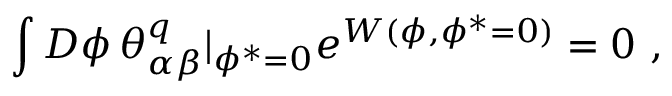
\int { \cal D } \phi \, \theta _ { \alpha \beta } ^ { q } | _ { \phi ^ { * } = 0 } e ^ { W ( \phi , \phi ^ { * } = 0 ) } = 0 \ ,